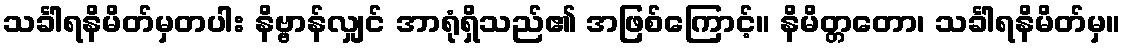
သင်္ခါရနိမိတ်မှတပါး နိဗ္ဗာန်လျှင် အာရုံရှိသည်၏ အဖြစ်ကြောင့်။ နိမိတ္တတော၊ သင်္ခါရနိမိတ်မှ။